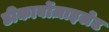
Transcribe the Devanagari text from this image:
डीकार्बोज़ाइलेट